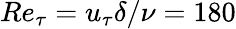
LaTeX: \displaystyle{{Re}_{\tau}=u_{\tau}\delta/\nu}=180